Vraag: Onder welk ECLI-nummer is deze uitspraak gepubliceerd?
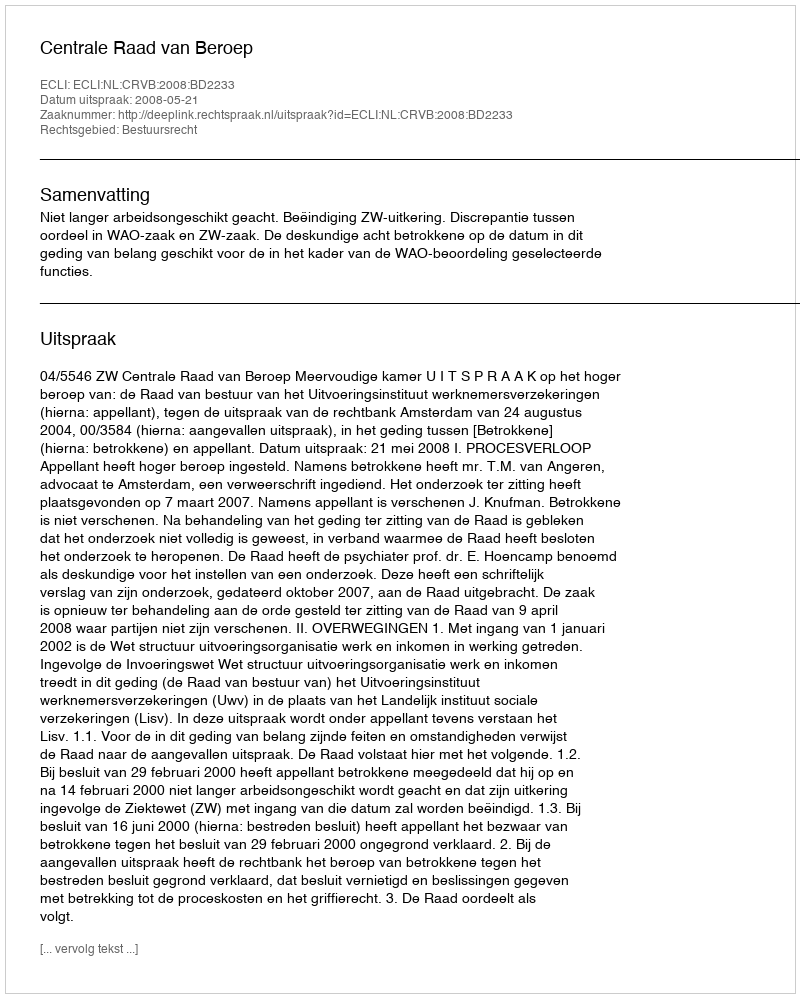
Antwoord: ECLI:NL:CRVB:2008:BD2233